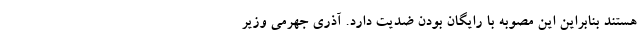
هستند بنابراین این مصوبه با رایگان بودن ضدیت دارد. آذری جهرمی وزیر